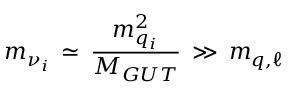
m _ { { \nu } _ { i } } \, \simeq \, { \frac { m _ { q _ { i } } ^ { 2 } } { M _ { G U T } } } \, \gg \, m _ { q , \ell }